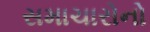
સમાચારોનો